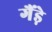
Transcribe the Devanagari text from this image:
गैंड़े